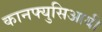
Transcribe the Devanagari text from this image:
कानफ्युसिआयी